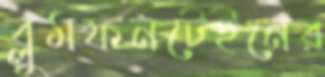
ব্লুমফনটেইনের